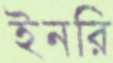
ইনরি